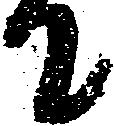
て